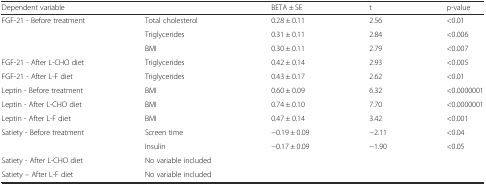
<table><thead><tr><td><b>Dependent variable</b></td><td></td><td><b>BETA ± SE</b></td><td><b>t</b></td><td><b>p-value</b></td></tr></thead><tbody><tr><td>FGF-21 - Before treatment</td><td>Total cholesterol</td><td>0.28 ± 0.11</td><td>2.56</td><td>&lt;0.01</td></tr><tr><td></td><td>Triglycerides</td><td>0.31 ± 0.11</td><td>2.84</td><td>&lt;0.006</td></tr><tr><td></td><td>BMI</td><td>0.30 ± 0.11</td><td>2.79</td><td>&lt;0.007</td></tr><tr><td>FGF-21 - After L-CHO diet</td><td>Triglycerides</td><td>0.42 ± 0.14</td><td>2.93</td><td>&lt;0.005</td></tr><tr><td>FGF-21 - After L-F diet</td><td>Triglycerides</td><td>0.43 ± 0.17</td><td>2.62</td><td>&lt;0.01</td></tr><tr><td>Leptin - Before treatment</td><td>BMI</td><td>0.60 ± 0.09</td><td>6.32</td><td>&lt;0.0000001</td></tr><tr><td>Leptin - After L-CHO diet</td><td>BMI</td><td>0.74 ± 0.10</td><td>7.70</td><td>&lt;0.0000001</td></tr><tr><td>Leptin - After L-F diet</td><td>BMI</td><td>0.47 ± 0.14</td><td>3.42</td><td>&lt;0.001</td></tr><tr><td>Satiety - Before treatment</td><td>Screen time</td><td>−0.19 ± 0.09</td><td>−2.11</td><td>&lt;0.04</td></tr><tr><td></td><td>Insulin</td><td>−0.17 ± 0.09</td><td>−1.90</td><td>&lt;0.05</td></tr><tr><td>Satiety - After L-CHO diet</td><td>No variable included</td><td></td><td></td><td></td></tr><tr><td>Satiety – After L-F diet</td><td>No variable included</td><td></td><td></td><td></td></tr></tbody></table>